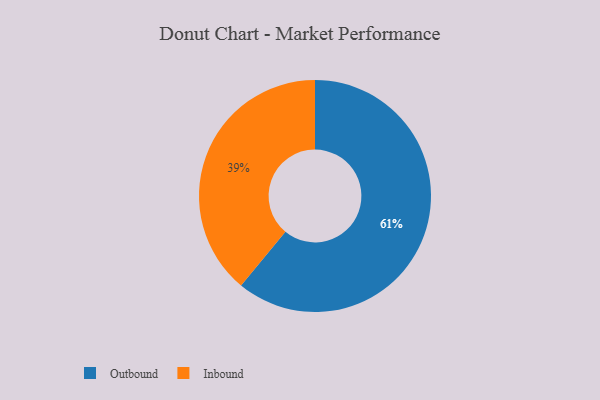
{"axis": {"x": "Category", "y": "Percentage"}, "legend": ["Inbound", "Outbound"], "data": [{"x": "Outbound", "y": 61, "type": "Outbound"}, {"x": "Inbound", "y": 39, "type": "Inbound"}]}